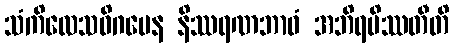
သံကိလေသဝိဂမေန နိဿရဏဘာဝံ အဘိရမိဿတီတိ